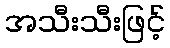
အသီးသီးဖြင့်